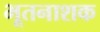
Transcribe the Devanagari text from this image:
भूतनाशक